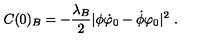
C ( 0 ) _ { B } = - \frac { \lambda _ { B } } { 2 } | \phi \dot { \varphi } _ { 0 } - \dot { \phi } \varphi _ { 0 } | ^ { 2 } \ .